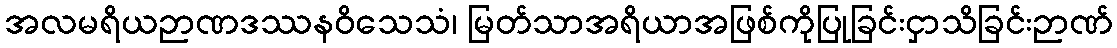
အလမရိယဉာဏဒဿနဝိသေသံ၊ မြတ်သာအရိယာအဖြစ်ကိုပြုခြင်းငှာသိခြင်းဉာဏ်